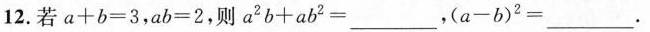
12.若 $$a + b = 3$$ , $$a b = 2$$ , 则 $$a ^ { 2 } b + a b ^ { 2 } =$$___，$$( a - b ) ^{ 2 } =$$___.